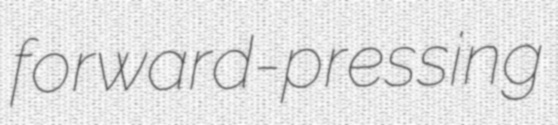
forward-pressing